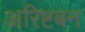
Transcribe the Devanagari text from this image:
अरिष्टबन